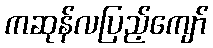
ကဆုန်လပြည့်ကျော်